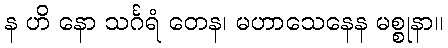
န ဟိ နော သင်္ဂရံ တေန၊ မဟာသေနေန မစ္စုနာ။